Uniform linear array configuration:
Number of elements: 24
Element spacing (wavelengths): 0.5
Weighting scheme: exponential
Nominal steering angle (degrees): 30
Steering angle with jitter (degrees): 30.374
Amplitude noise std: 0.05
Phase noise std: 0.05

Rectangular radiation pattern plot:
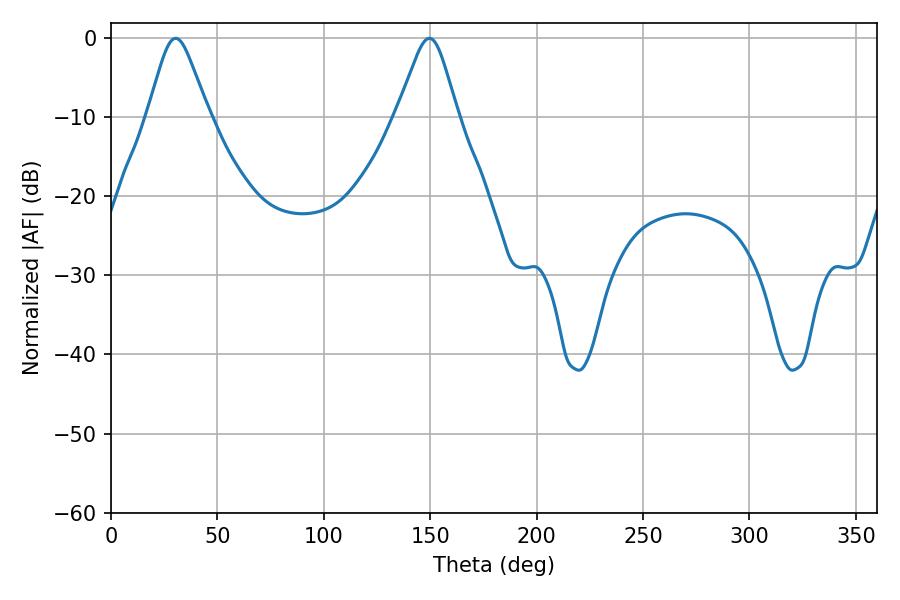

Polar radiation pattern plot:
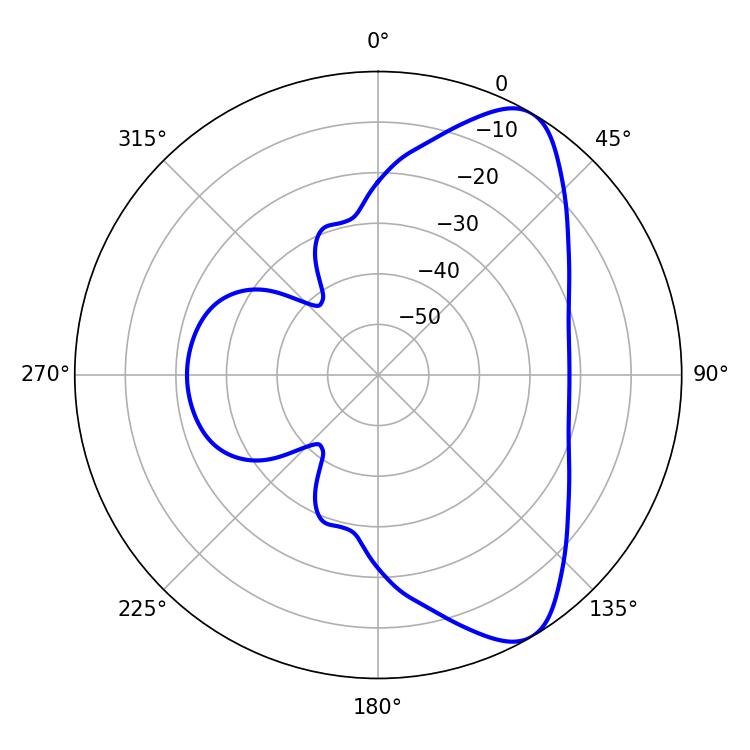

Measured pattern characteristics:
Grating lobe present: FALSE
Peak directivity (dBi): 8.182
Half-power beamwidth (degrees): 13.68
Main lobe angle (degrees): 30.42